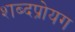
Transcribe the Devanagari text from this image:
शब्दप्रोयग